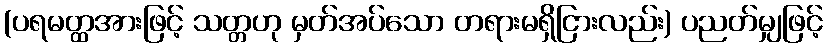
(ပရမတ္ထအားဖြင့် သတ္တဟု မှတ်အပ်သော တရားမရှိငြားလည်း) ပညတ်မျှဖြင့်